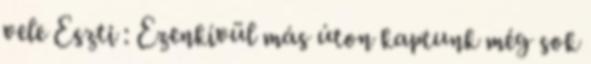
vele Eszti : Ezenkívül más úton kaptunk még sok